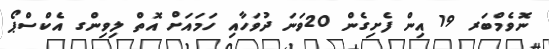
ނޮވެމްބަރ 19 އިން ފެށިގެން 20ވަނަ ދުވަހާއި ހަމައަށް އޮތް ލިވިންގ އެކްސްޕޯ